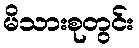
မိသားစုတွင်း